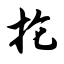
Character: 抡